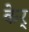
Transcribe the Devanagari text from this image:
केर्